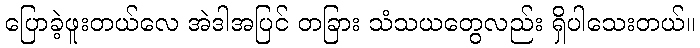
ပြောခဲ့ဖူးတယ်လေ အဲဒါအပြင် တခြား သံသယတွေလည်း ရှိပါသေးတယ်။